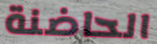
الحاضنة